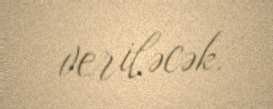
veriləcək.